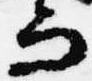
而